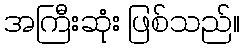
အကြီးဆုံး ဖြစ်သည်။